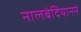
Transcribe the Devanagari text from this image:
नालबंदियानने